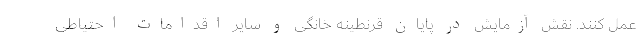
عمل کنند. نقش آزمایش در پایان قرنطینه خانگی و سایر اقدامات احتیاطی